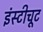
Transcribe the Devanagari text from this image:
इंस्टीचूट